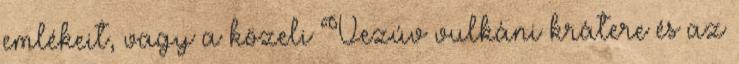
emlékeit, vagy a közeli Vezúv vulkáni krátere és az